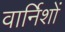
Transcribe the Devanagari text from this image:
वार्निशों